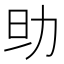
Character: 𠡎